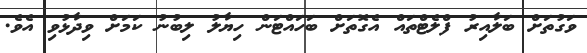
ވަގުތަށް ބަލާއިރު ފްލެޓްތައް އެގޮތަށް ބަހައްޓަން ހިޔާލު ލިބުނު ކަމަށް ވިދާޅުވި އެވެ.